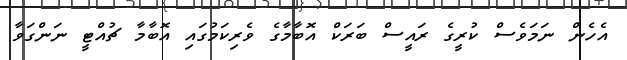
އެހެން ނަމަވެސް ކުރީގެ ރައީސް ބަރަކް އޮބާމާގެ ވެރިކަމުގައި އޮބާމާ ޗުއްޓީ ނަންގަވާ